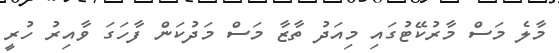
މާލެ މަސް މާރުކޭޓުގައި މިއަދު ތާޒާ މަސް މަދުކަން ފާހަގަ ވާއިރު ހުރީ